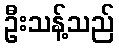
ဦးသန့်သည်